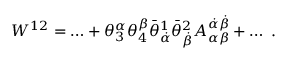
W ^ { 1 2 } = \ldots + \theta _ { 3 } ^ { \alpha } \theta _ { 4 } ^ { \beta } \bar { \theta } _ { \dot { \alpha } } ^ { 1 } \bar { \theta } _ { \dot { \beta } } ^ { 2 } A _ { \alpha \beta } ^ { \dot { \alpha } \dot { \beta } } + \ldots \ .